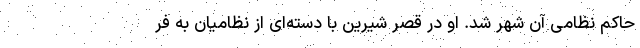
حاکم نظامی آن شهر شد. او در قصر شیرین با دسته‌ای از نظامیان به فر